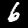
Digit: 6